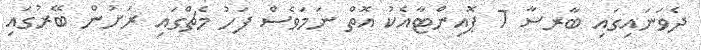
ދެވަނައިގައި ބާރސާ 7 ޕޮއިންޓާއެކު އޮތް ނަމަވެސް ފަހު މެޗްގައި ރަށުން ބޭރުގައި